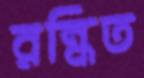
রন্ধিত